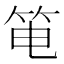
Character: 𰩳